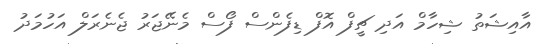
އާއިޝަތު ޝިހާމް އަދި ޗީފް އޮފް ޑިފެންސް ފޯސް މެނޭޖަރު ޖެނެރަލް އަހުމަދު